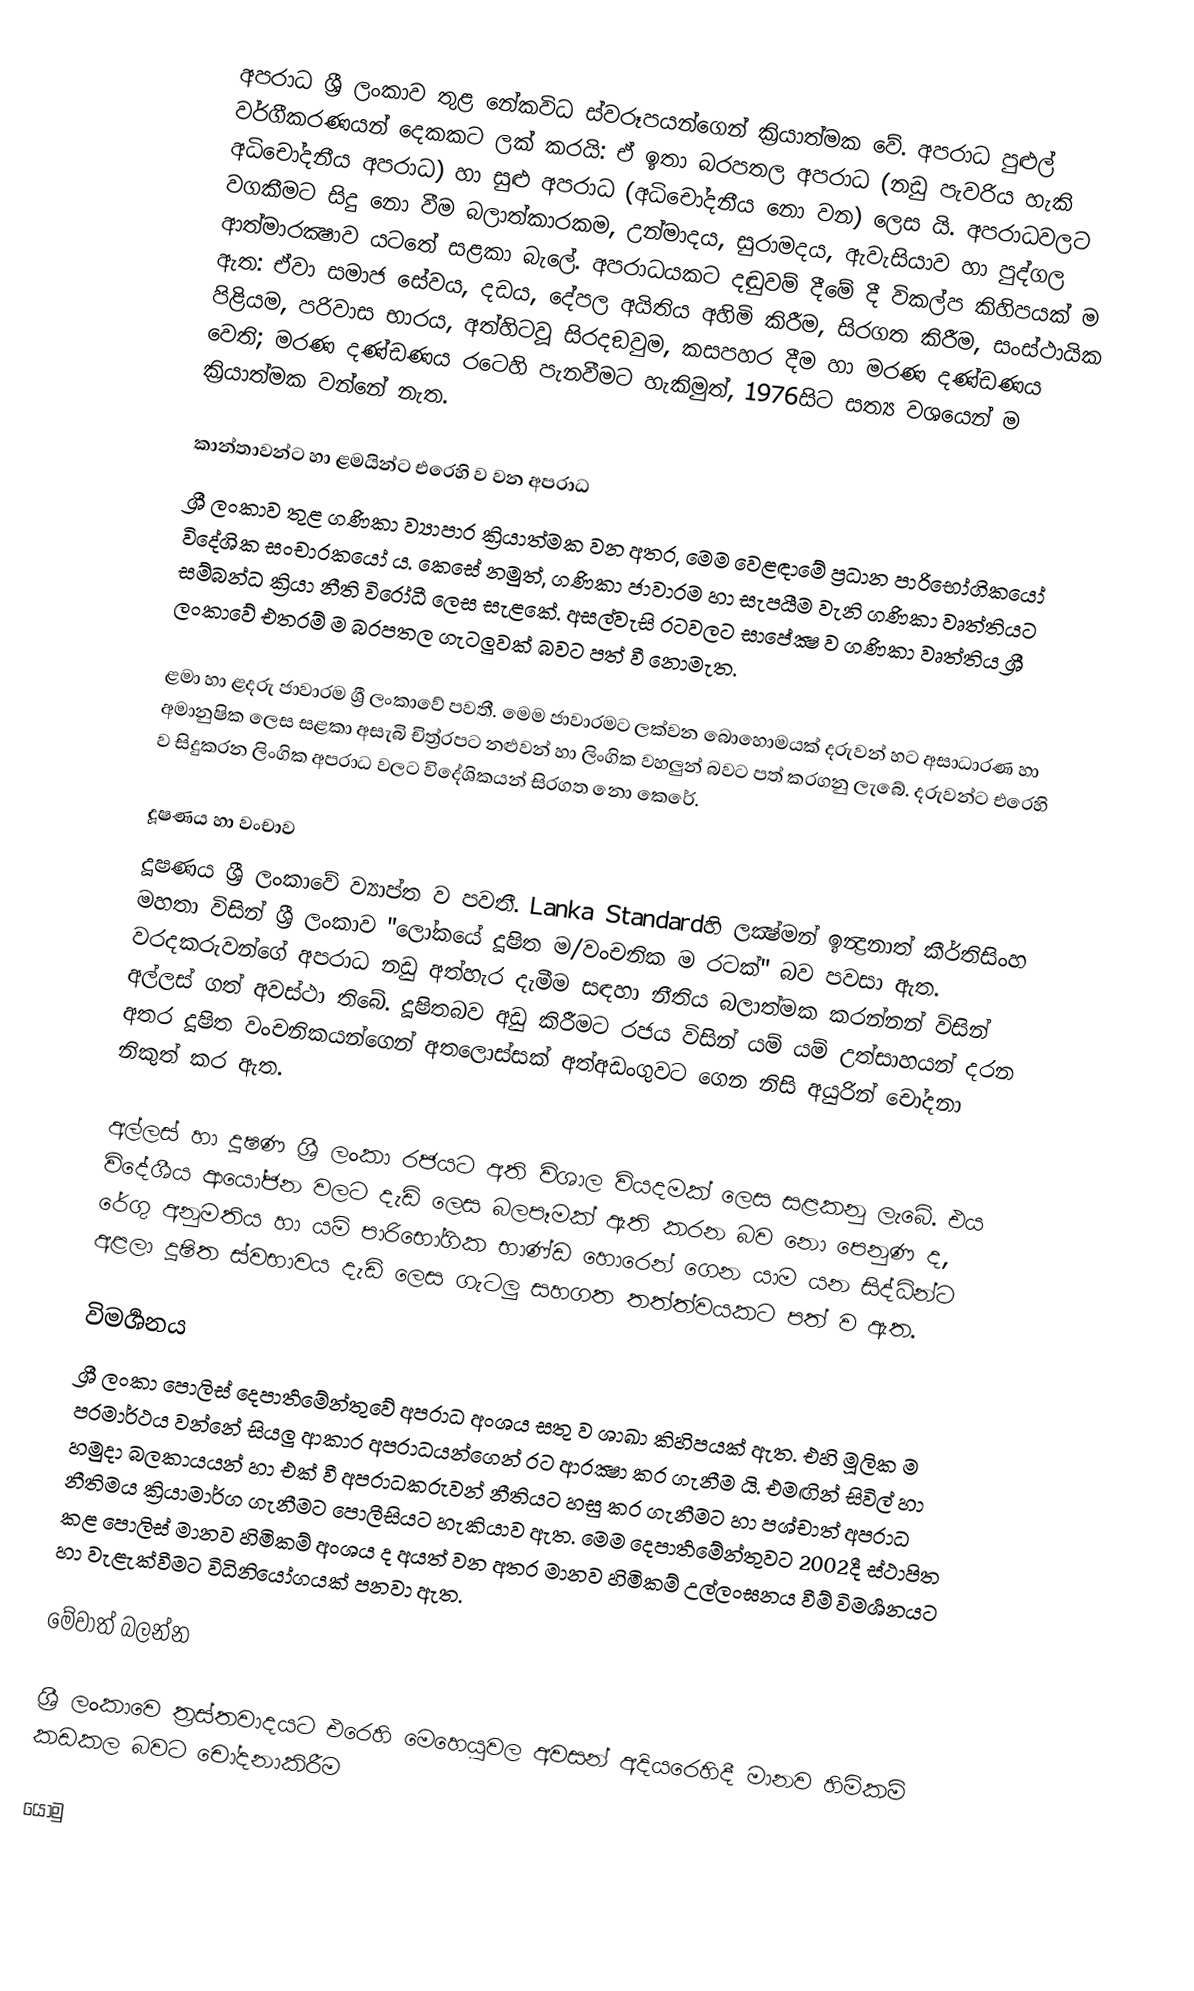
අපරාධ ශ්‍රී ලංකාව තුළ නේකවිධ ස්වරූපයන්ගෙන් ක්‍රියාත්මක වේ. අපරාධ පුළුල් වර්ගීකරණයන් දෙකකට ලක් කරයි: ඒ ඉතා බරපතල අපරාධ (නඩු පැවරිය හැකි අධිචෝදනීය අපරාධ) හා සුළු අපරාධ (අධිචෝදනීය නො වන) ලෙස යි. අපරාධවලට වගකීමට සිදු නො වීම බලාත්කාරකම, උන්මාදය, සුරාමදය, ඇවැසියාව හා පුද්ගල ආත්මාරක්‍ෂාව යටතේ සළකා බැලේ. අපරාධයකට දඬුවම් දීමේ දී විකල්ප කිහිපයක් ම ඇත: ඒවා සමාජ සේවය, දඩය, දේපල අයිතිය අහිමි කිරීම, සිරගත කිරීම, සංස්ථායික පිළියම, පරිවාස භාරය, අත්හිටවූ සිරදඞුවම, කසපහර දීම හා මරණ දණ්ඩණය වෙති; මරණ දණ්ඩණය රටෙහි පැනවීමට හැකිමුත්, 1976සිට සත්‍ය වශයෙන් ම ක්‍රියාත්මක වන්නේ නැත.

කාන්තාවන්ට හා ළමයින්ට එරෙහි ව වන අපරාධ
ශ්‍රී ලංකාව තුළ ගණිකා ව්‍යාපාර ක්‍රියාත්මක වන අතර, මෙම වෙළඳාමේ ප්‍රධාන පාරිභෝගිකයෝ විදේශික සංචාරකයෝ ය. කෙසේ නමුත්, ගණිකා ජාවාරම හා සැපයීම වැනි ගණිකා වෘත්තියට සම්බන්ධ ක්‍රියා නීති විරෝධී ලෙස සැළකේ. අසල්වැසි රටවලට සාපේක්‍ෂ ව ගණිකා වෘත්තිය ශ්‍රී ලංකාවේ එතරම් ම බරපතල ගැටලුවක් බවට පත් වී නොමැත.

ළමා හා ළදරු ජාවාරම ශ්‍රී ලංකාවේ පවතී. මෙම ජාවාරමට ලක්වන බොහොමයක් දරුවන් හට අසාධාරණ හා අමානුෂික ලෙස සළකා අසැබි චිත්‍ර්‍රපට නළුවන් හා ලිංගික වහලුන් බවට පත් කරගනු ලැබේ. දරුවන්ට එරෙහි ව සිදුකරන ලිංගික අපරාධ වලට විදේශිකයන් සිරගත නො කෙරේ.

දූෂණය හා වංචාව
දූෂණය ශ්‍රී ලංකාවේ ව්‍යාප්ත ව පවතී. Lanka Standardහි ලක්‍ෂ්මන් ඉන්‍ද්‍රනාත් කීර්තිසිංහ මහතා විසින් ශ්‍රී ලංකාව "ලෝකයේ දූෂිත ම/වංචනික ම රටක්" බව පවසා ඇත. වරදකරුවන්ගේ අපරාධ නඩු අත්හැර දැමීම සඳහා නීතිය බලාත්මක කරන්නන් විසින් අල්ලස් ගත් අවස්ථා තිබේ. දූෂිතබව අඩු කිරීමට රජය විසින් යම් යම් උත්සාහයන් දරන අතර දූෂිත වංචනිකයන්ගෙන් අතලොස්සක් අත්අඩංගුවට ගෙන නිසි අයුරින් චෝදනා නිකුත් කර ඇත.

අල්ලස් හා දූෂණ ශ්‍රී ලංකා රජයට අති විශාල වියදමක් ලෙස සළකනු ලැබේ. එය විදේශීය ආයෝජන වලට දැඩි ලෙස බලපෑමක් ඇති කරන බව නො පෙනුණ ද, රේගු අනුමතිය හා යම් පාරිභෝගික භාණ්ඩ හොරෙන් ගෙන යාම යන සිද්ධින්ට අළලා දූෂිත ස්වභාවය දැඩි ලෙස ගැටලු සහගත තත්ත්වයකට පත් ව ඇත.

විමර්‍ශනය
ශ්‍රී ලංකා පොලිස් දෙපාර්‍තමේන්තුවේ අපරාධ අංශය සතු ව ශාඛා  කිහිපයක් ඇත. එහි මූලික ම පරමාර්ථය වන්නේ සියලු ආකාර අපරාධයන්ගෙන් රට ආරක්‍ෂා කර ගැනීම යි. එමඟින් සිවිල් හා හමුදා බලකායයන් හා එක් වී අපරාධකරුවන් නීතියට හසු කර ගැනීමට හා පශ්චාත් අපරාධ නීතිමය ක්‍රියාමාර්ග ගැනීමට පොලීසියට හැකියාව ඇත. මෙම දෙපාර්‍තමේන්තුවට 2002දී ස්ථාපිත කළ පොලිස් මානව හිමිකම් අංශය ද අයත් වන අතර මානව හිමිකම් උල්ලංඝනය වීම් විමර්‍ශනයට හා වැළැක්වීමට විධිනියෝගයක් පනවා ඇත.

මේවාත් බලන්න

ශ්‍රී ලංකාවෙ ත්‍රස්තවාදයට එරෙහි මෙහෙයුවල අවසන් අදියරෙහිදී මානව හිමිකම් කඩකල බවට චෝදනාකිරීම

යොමු